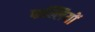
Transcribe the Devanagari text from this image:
फल्लियों